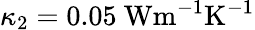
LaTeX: \kappa_{2}=0.05~\mathrm{{Wm^{-1}K^{-1}}}